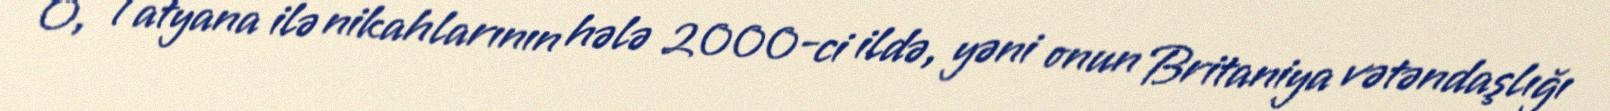
O, Tatyana ilə nikahlarının hələ 2000-ci ildə, yəni onun Britaniya vətəndaşlığı